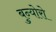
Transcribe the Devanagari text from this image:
बुन्योरो